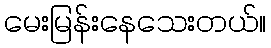
မေးမြန်းနေသေးတယ်။